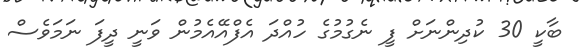
ބާކީ 30 ކުދިންނަށް ފީ ނެގުމުގެ ހުއްދަ އެފްއޭއެމުން ވަނީ ދީފަ ނަމަވެސް